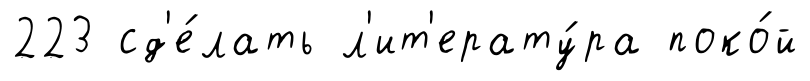
223 сд'е́лать л'ит'ерату́ра поко́й